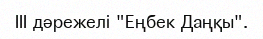
III дәрежелі "Еңбек Даңқы".